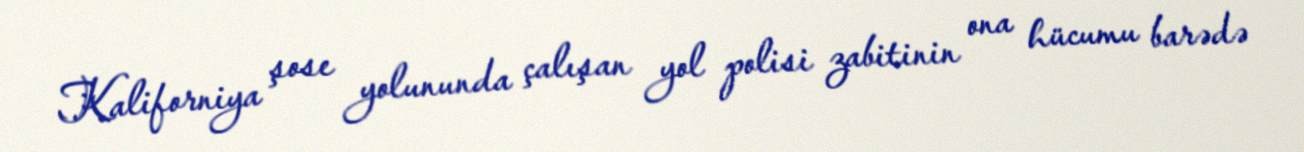
Kaliforniya şose yolununda çalışan yol polisi zabitinin ona hücumu barədə